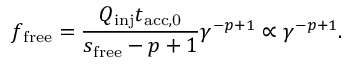
f _ { \mathrm { f r e e } } = \frac { Q _ { \mathrm { i n j } } t _ { \mathrm { a c c , 0 } } } { s _ { \mathrm { f r e e } } - p + 1 } \gamma ^ { - p + 1 } \propto \gamma ^ { - p + 1 } .